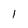
Character: l